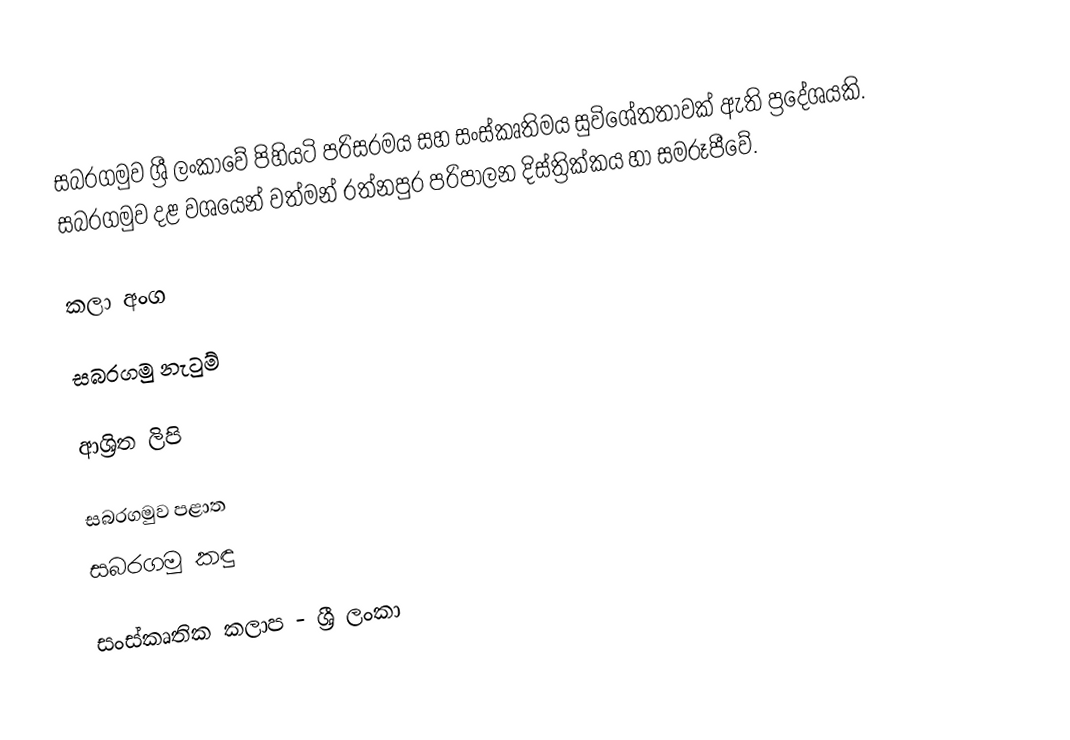
සබරගමුව ශ්‍රී ලංකාවේ පිහියටි පරිසරමය සහ සංස්කෘතිමය සුවිශේතතාවක් ඇති ප්‍රදේශයකි. සබරගමුව දළ වශයෙන් වත්මන් රත්නපුර පරිපාලන දිස්ත්‍රික්කය හා සමරූපීවේ.

කලා අංග

සබරගමු නැටුම්

ආශ්‍රිත ලිපි

  සබරගමුව පළාත
 සබරගමු කඳු

සංස්කෘතික කලාප - ශ්‍රී ලංකා